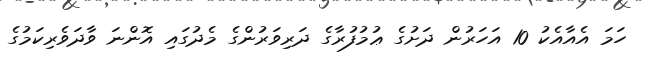
ހަމަ އެއާއެކު 10 އަހަރުން ދަށުގެ ޢުމުފުރާގެ ދަރިވަރުންގެ މެދުގައި އޮންނަ ވާދަވެރިކަމުގެ